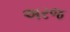
અરજ